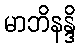
မာဘိနန္ဒိ